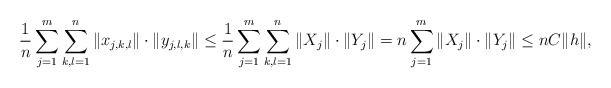
LaTeX: \begin{align*}\frac{1}{n}\sum_{j=1}^m \sum_{k,l=1}^n \|x_{j,k,l}\|\cdot \|y_{j,l,k}\|\leq \frac{1}{n}\sum_{j=1}^m \sum_{k,l=1}^n \|X_j\|\cdot \|Y_j\|=n\sum_{j=1}^m\|X_j\|\cdot \|Y_j\|\leq nC\|h\|,\end{align*}